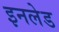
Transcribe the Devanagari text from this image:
इनलेड